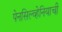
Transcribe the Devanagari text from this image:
पेनसिल्व्हेनियाची